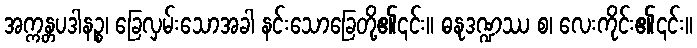
အက္ကန္တပဒါနဉ္စ၊ ခြေလှမ်းသောအခါ နင်းသောခြေတို့၏၎င်း။ ဓနုဒဏ္ဍဿ စ၊ လေးကိုင်း၏၎င်း။